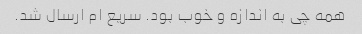
همه چی به اندازه و خوب بود. سریع ام ارسال شد.